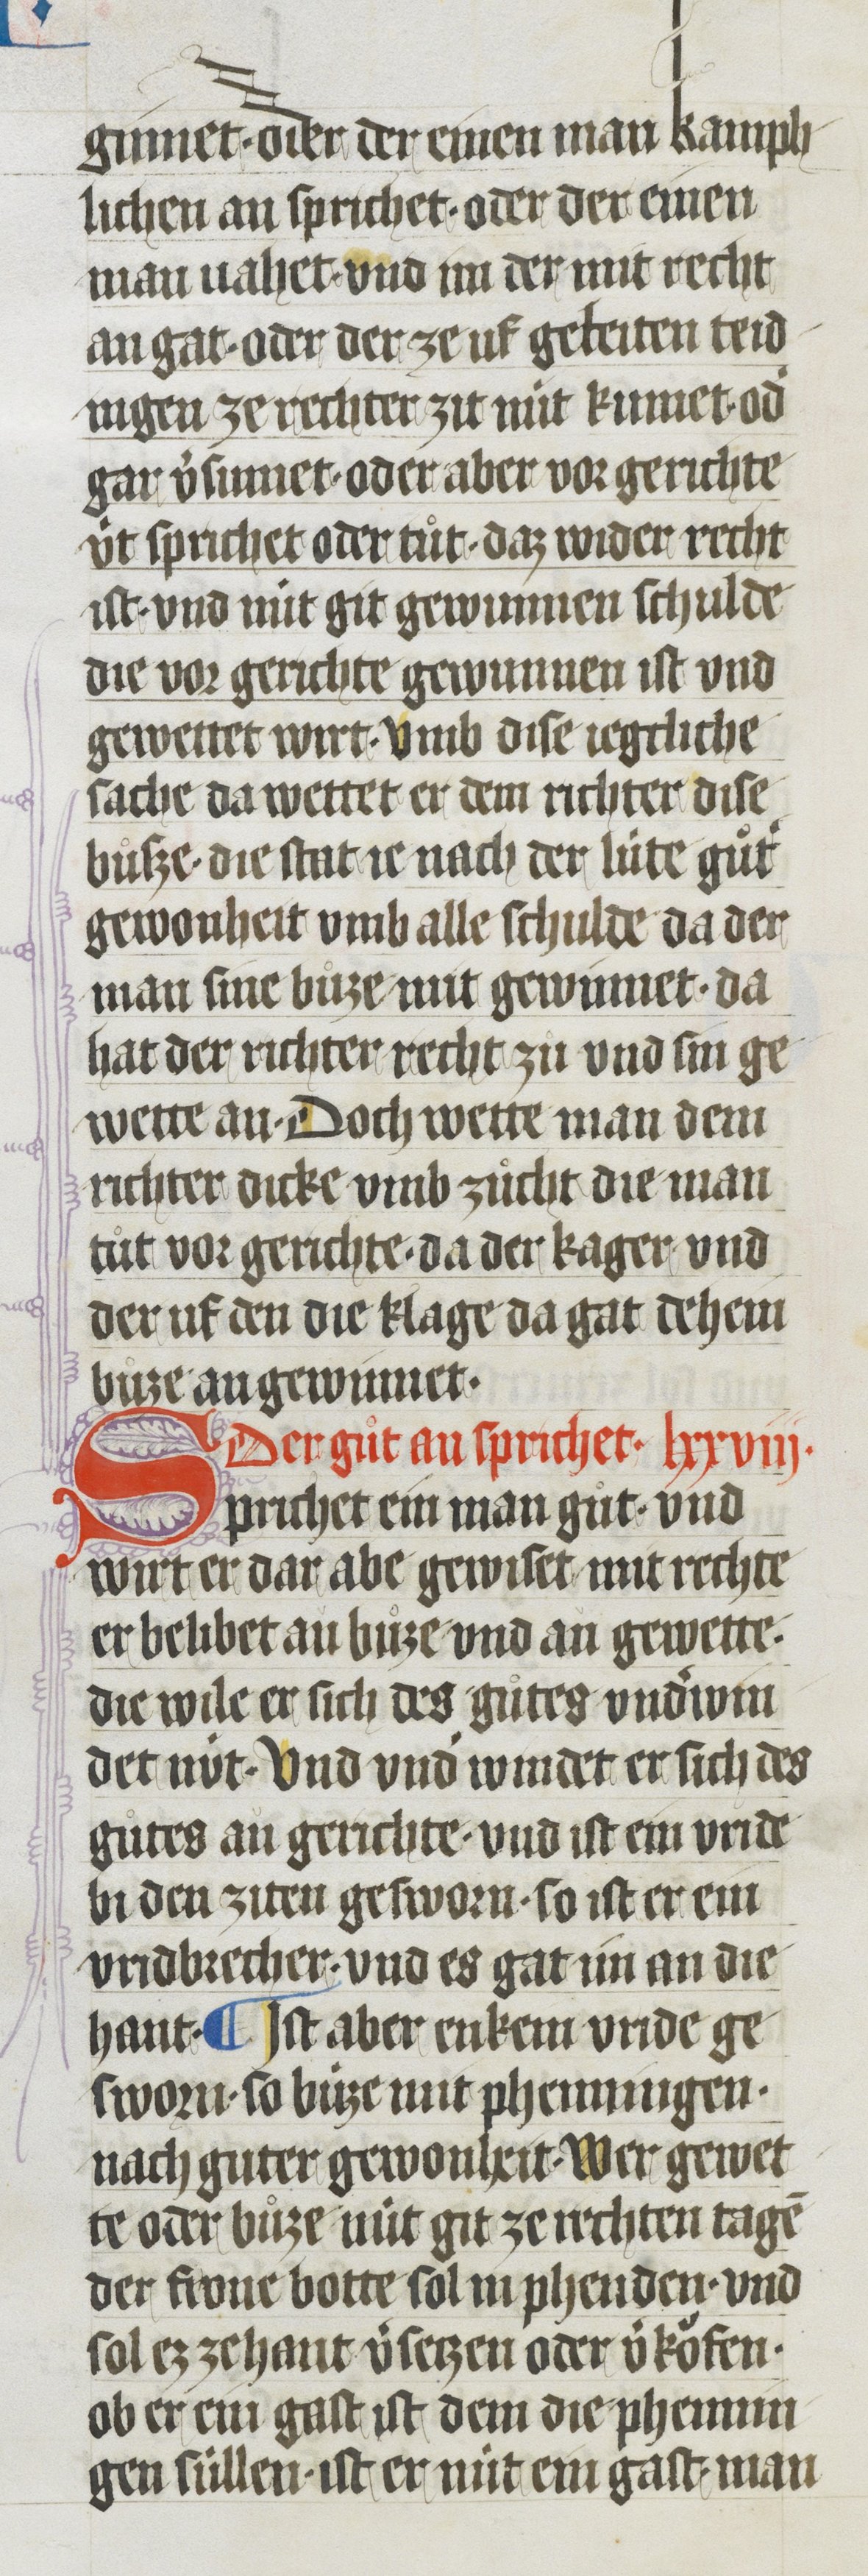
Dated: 1410–1410